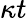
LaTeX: \kappa t